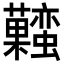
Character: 𧅬